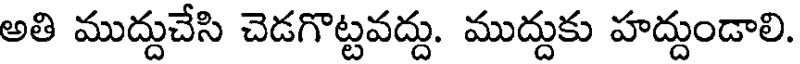
అతి ముద్దుచేసి చెడగొట్టవద్దు. ముద్దుకు హద్దుండాలి.